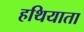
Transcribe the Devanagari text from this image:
हथियाता